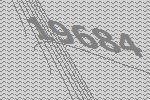
19684